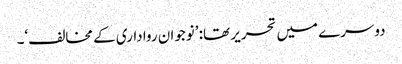
دوسرے میں تحریر تھا: ’نوجوان رواداری کے مخالف‘۔